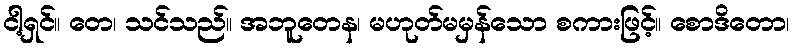
ငါ့ရှင်။ တေ၊ သင်သည်။ အဘူတေန၊ မဟုတ်မမှန်သော စကားဖြင့်။ စောဒိတော၊